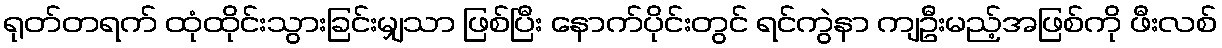
ရုတ်တရက် ထုံထိုင်းသွားခြင်းမျှသာ ဖြစ်ပြီး နောက်ပိုင်းတွင် ရင်ကွဲနာ ကျဦးမည့်အဖြစ်ကို ဖီးလစ်